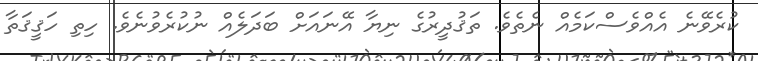
ކުރެވޭނެ އެއްވެސްކަމެއް ނެތެވެ. ތަޤުދީރުގެ ނިޔާ އޭނައަށް ބަދަލެއް ނުކުރެވުނެވެ. ހިތި ހަޤީޤަތާ